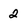
Character: 2